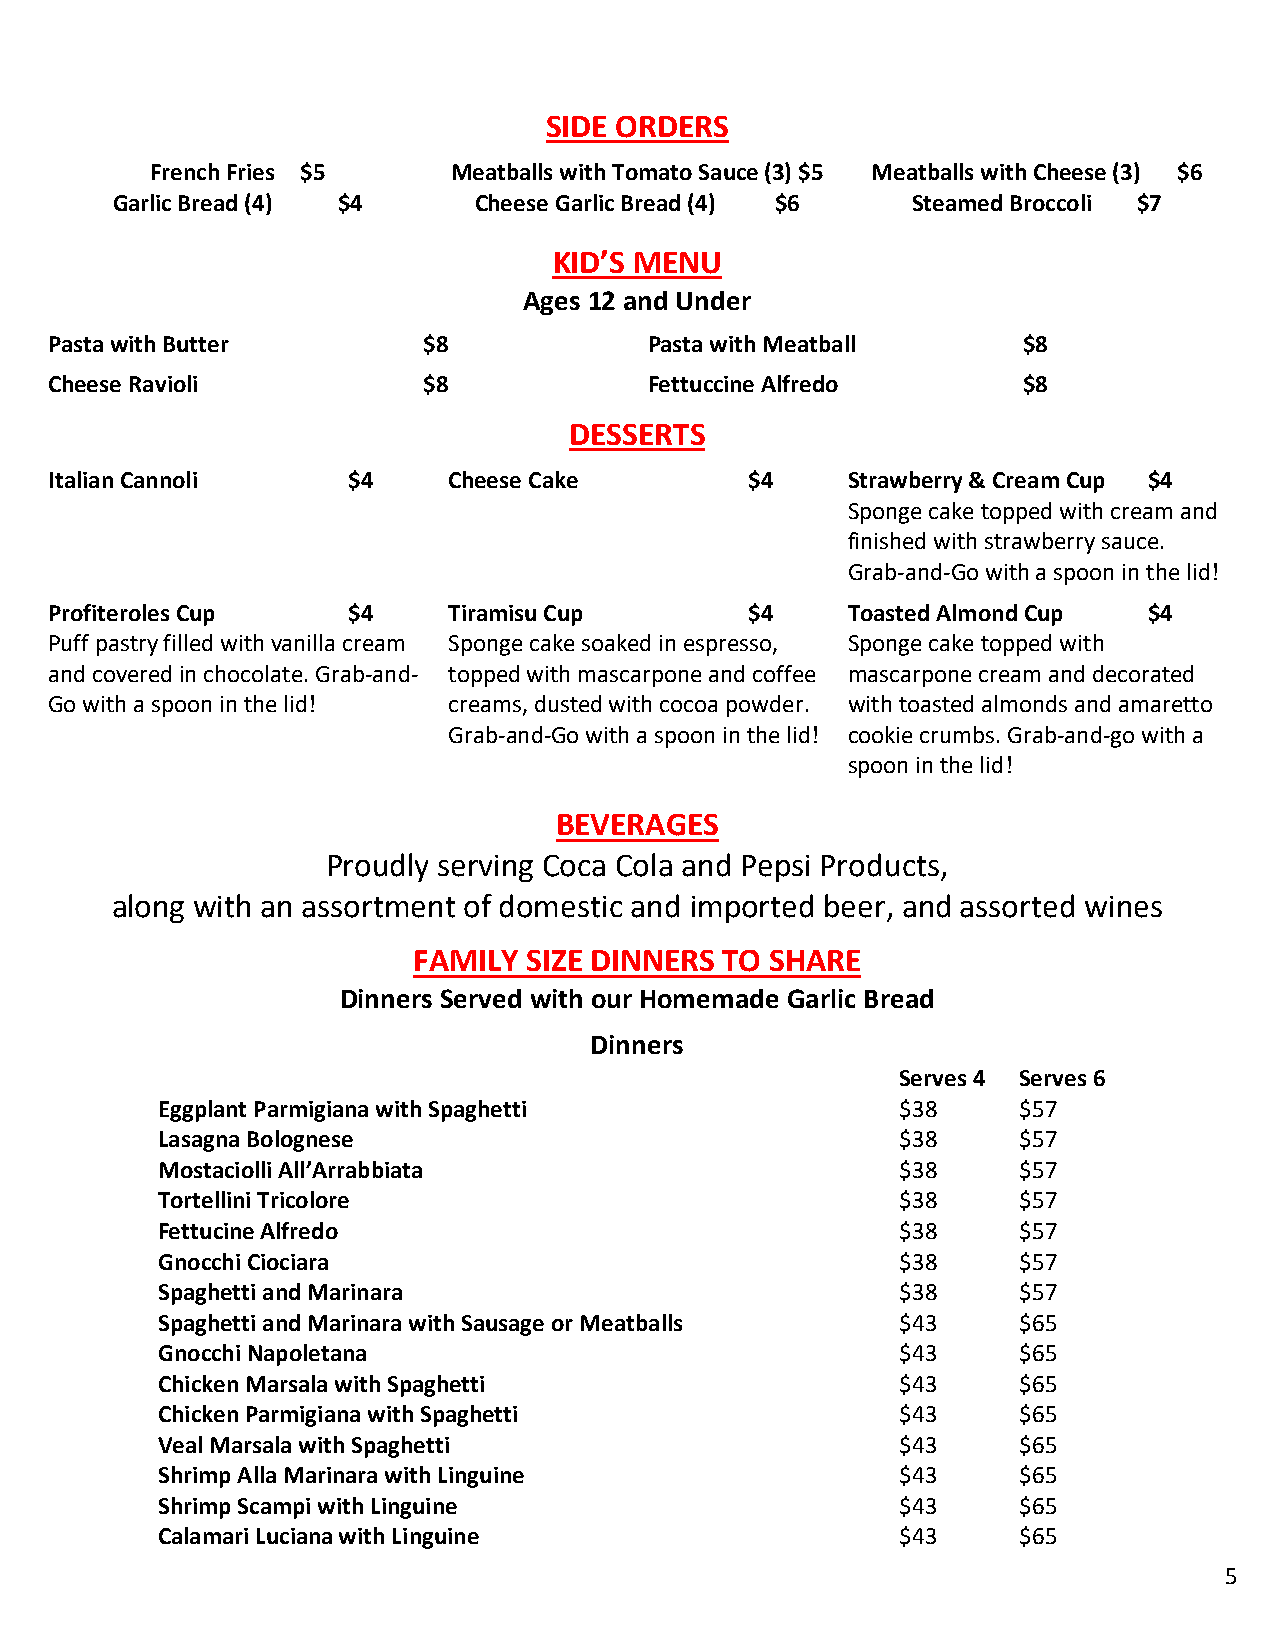
SIDE ORDERS
 French Fries $5     Meatballs with Tomato Sauce (3) $5 Meatballs with Cheese (3) $6
 Garlic Bread (4) $4     Cheese Garlic Bread (4) $6   Steamed Broccoli $7
 KID’S MENU
 Ages 12 and Under
 Pasta with Butter        $8             Pasta with Meatball      $8
 Cheese Ravioli           $8             Fettuccine Alfredo       $8
 DESSERTS
 Italian Cannoli     $4     Cheese Cake         $4    Strawberry & Cream Cup $4
 Sponge cake topped with cream and
 finished with strawberry sauce.
 Grab-and-Go with a spoon in the lid!
 Profiteroles Cup    $4     Tiramisu Cup        $4    Toasted Almond Cup  $4
 Puff pastry filled with vanilla cream Sponge cake soaked in espresso, Sponge cake topped with
 and covered in chocolate. Grab-and- topped with mascarpone and coffee mascarpone cream and decorated
 Go with a spoon in the lid! creams, dusted with cocoa powder. with toasted almonds and amaretto
 Grab-and-Go with a spoon in the lid! cookie crumbs. Grab-and-go with a
 spoon in the lid!
 BEVERAGES
 Proudly serving Coca Cola and Pepsi Products,
 along with an assortment of domestic and imported beer, and assorted wines
 FAMILY  SIZE DINNERS TO SHARE
 Dinners Served with our Homemade Garlic Bread
 Dinners
 Serves 4 Serves 6
 Eggplant Parmigiana with Spaghetti                $38    $57
 Lasagna Bolognese                                 $38    $57
 Mostaciolli All’Arrabbiata                        $38    $57
 Tortellini Tricolore                              $38    $57
 Fettucine Alfredo                                 $38    $57
 Gnocchi Ciociara                                  $38    $57
 Spaghetti and Marinara                            $38    $57
 Spaghetti and Marinara with Sausage or Meatballs  $43    $65
 Gnocchi Napoletana                                $43    $65
 Chicken Marsala with Spaghetti                    $43    $65
 Chicken Parmigiana with Spaghetti                 $43    $65
 Veal Marsala with Spaghetti                       $43    $65
 Shrimp Alla Marinara with Linguine                $43    $65
 Shrimp Scampi with Linguine                       $43    $65
 Calamari Luciana with Linguine                    $43    $65
 5